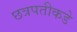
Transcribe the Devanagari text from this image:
छत्रपतीकडे